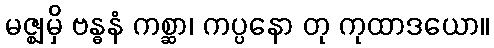
မဇ္ဈမှိ ဗန္ဓနံ ကစ္ဆာ၊ ကပ္ပနော တု ကုထာဒယော။